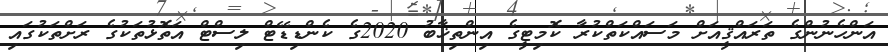
އަންހެނުންގެ ތަރައްޤީއަށް މަސައްކަތްކުރާ ކޮމިޓީގެ އިންތިޚާބު 2020ގެ ކެންޑިޑޭޓް ލިސްޓް އަތޮޅުތަކުގެ ރަށްތަކުގައި